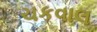
ચકવાલ